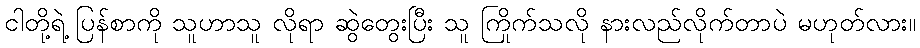
ငါတို့ရဲ့ ပြန်စာကို သူဟာသူ လိုရာ ဆွဲတွေးပြီး သူ ကြိုက်သလို နားလည်လိုက်တာပဲ မဟုတ်လား။